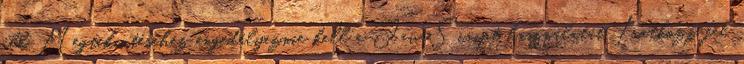
áll. Megtekintéséhez engedélyeznie kell a JavaScript használatát. Iratkozz fel